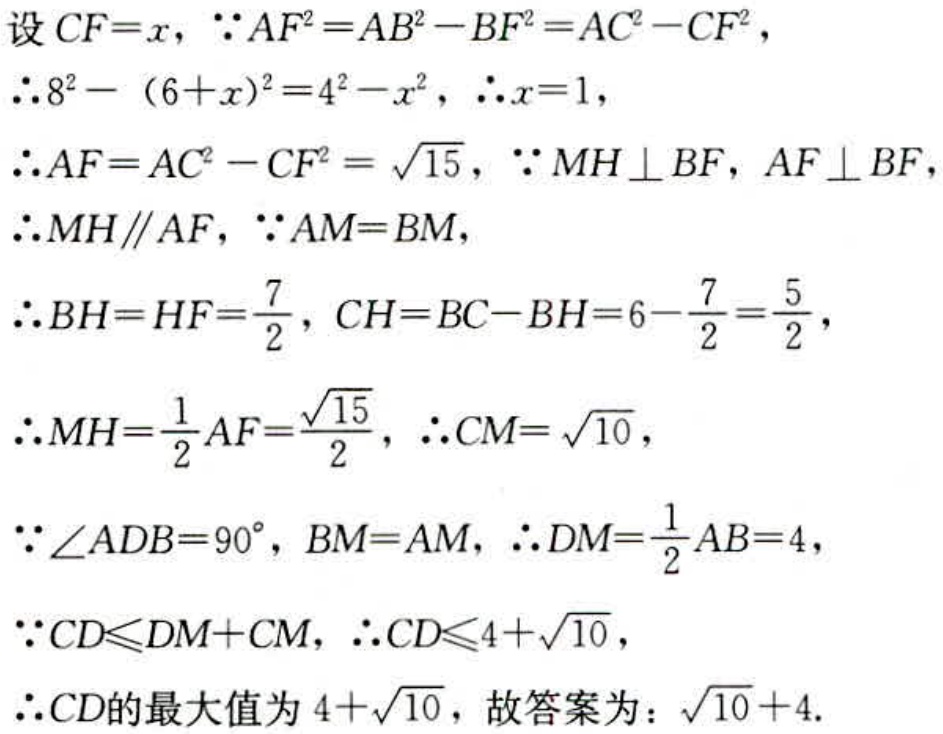
设 \(CF = x\)，\(\because AF^{2}=AB^{2}-BF^{2}=AC^{2}-CF^{2}\)，
\(\therefore 8^{2}-(6 + x)^{2}=4^{2}-x^{2}\)，\(\therefore x = 1\)，
\(\therefore AF=\sqrt{AC^{2}-CF^{2}}=\sqrt{15}\)，\(\because MH\perp BF\)，\(AF\perp BF\)，
\(\therefore MH\parallel AF\)，\(\because AM = BM\)，
\(\therefore BH = HF=\frac{7}{2}\)，\(CH = BC - BH=6-\frac{7}{2}=\frac{5}{2}\)，
\(\therefore MH=\frac{1}{2}AF=\frac{\sqrt{15}}{2}\)，\(\therefore CM=\sqrt{10}\)，
\(\because\angle ADB = 90^{\circ}\)，\(BM = AM\)，\(\therefore DM=\frac{1}{2}AB = 4\)，
\(\because CD\leqslant DM + CM\)，\(\therefore CD\leqslant 4+\sqrt{10}\)，
\(\therefore CD\)的最大值为 \(4+\sqrt{10}\)，故答案为：\(\sqrt{10}+4\).